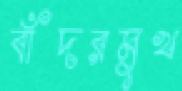
বাঁদরমুখ